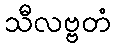
သီလဗ္ဗတံ